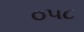
૦૫૮